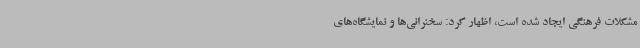
مشکلات فرهنگی ایجاد شده است، اظهار کرد: سخنرانی‌ها و نمایشگاه‌های